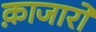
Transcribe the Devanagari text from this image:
क़ाजारों